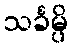
သင်္ခမ္ပိ